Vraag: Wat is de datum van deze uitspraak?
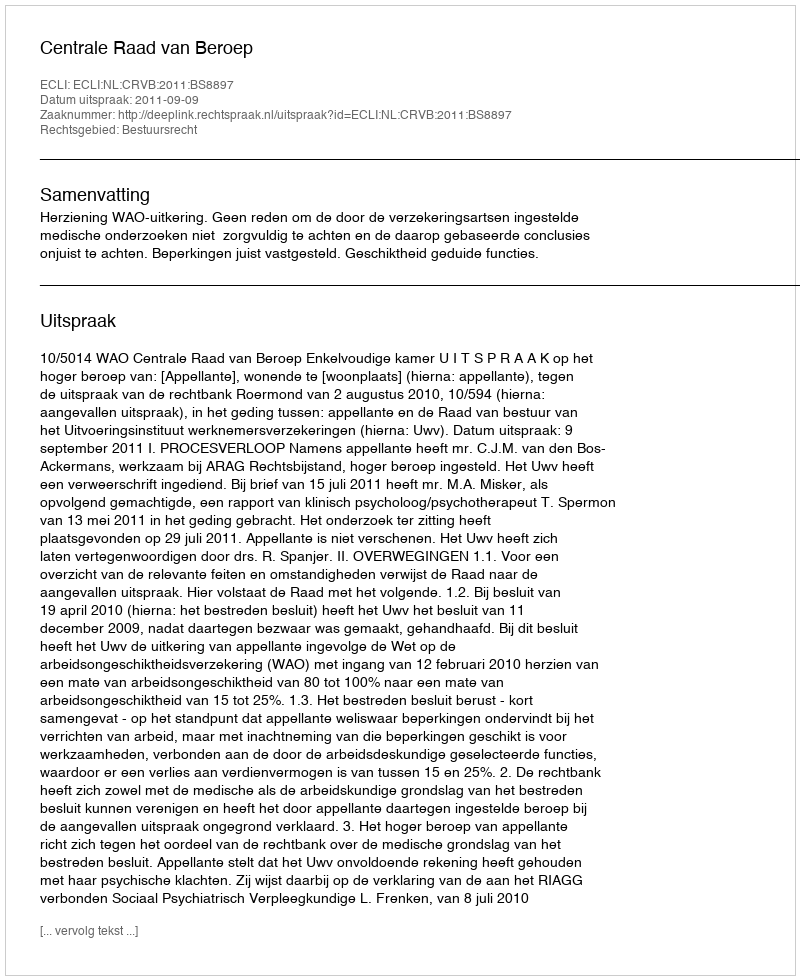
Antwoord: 2011-09-09